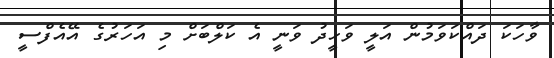
ވާހަކަ ދައްކަވަމުން އަލީ ވަހީދު ވަނީ އެ ކަލްބަށް މި އަހަރުގެ އޭއެފްސީ